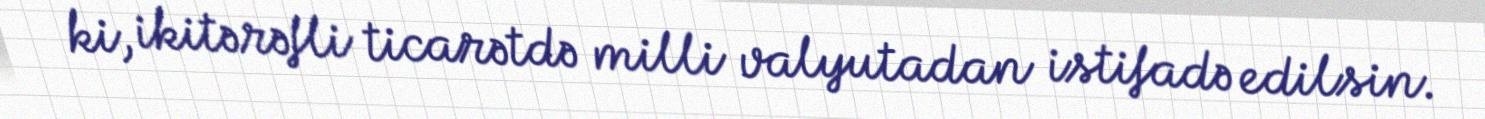
ki, ikitərəfli ticarətdə milli valyutadan istifadə edilsin.